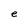
Character: e